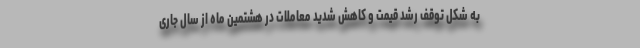
به شکل توقف رشد قیمت و کاهش شدید معاملات در هشتمین ماه از سال جاری